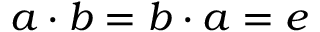
a \cdot b = b \cdot a = e